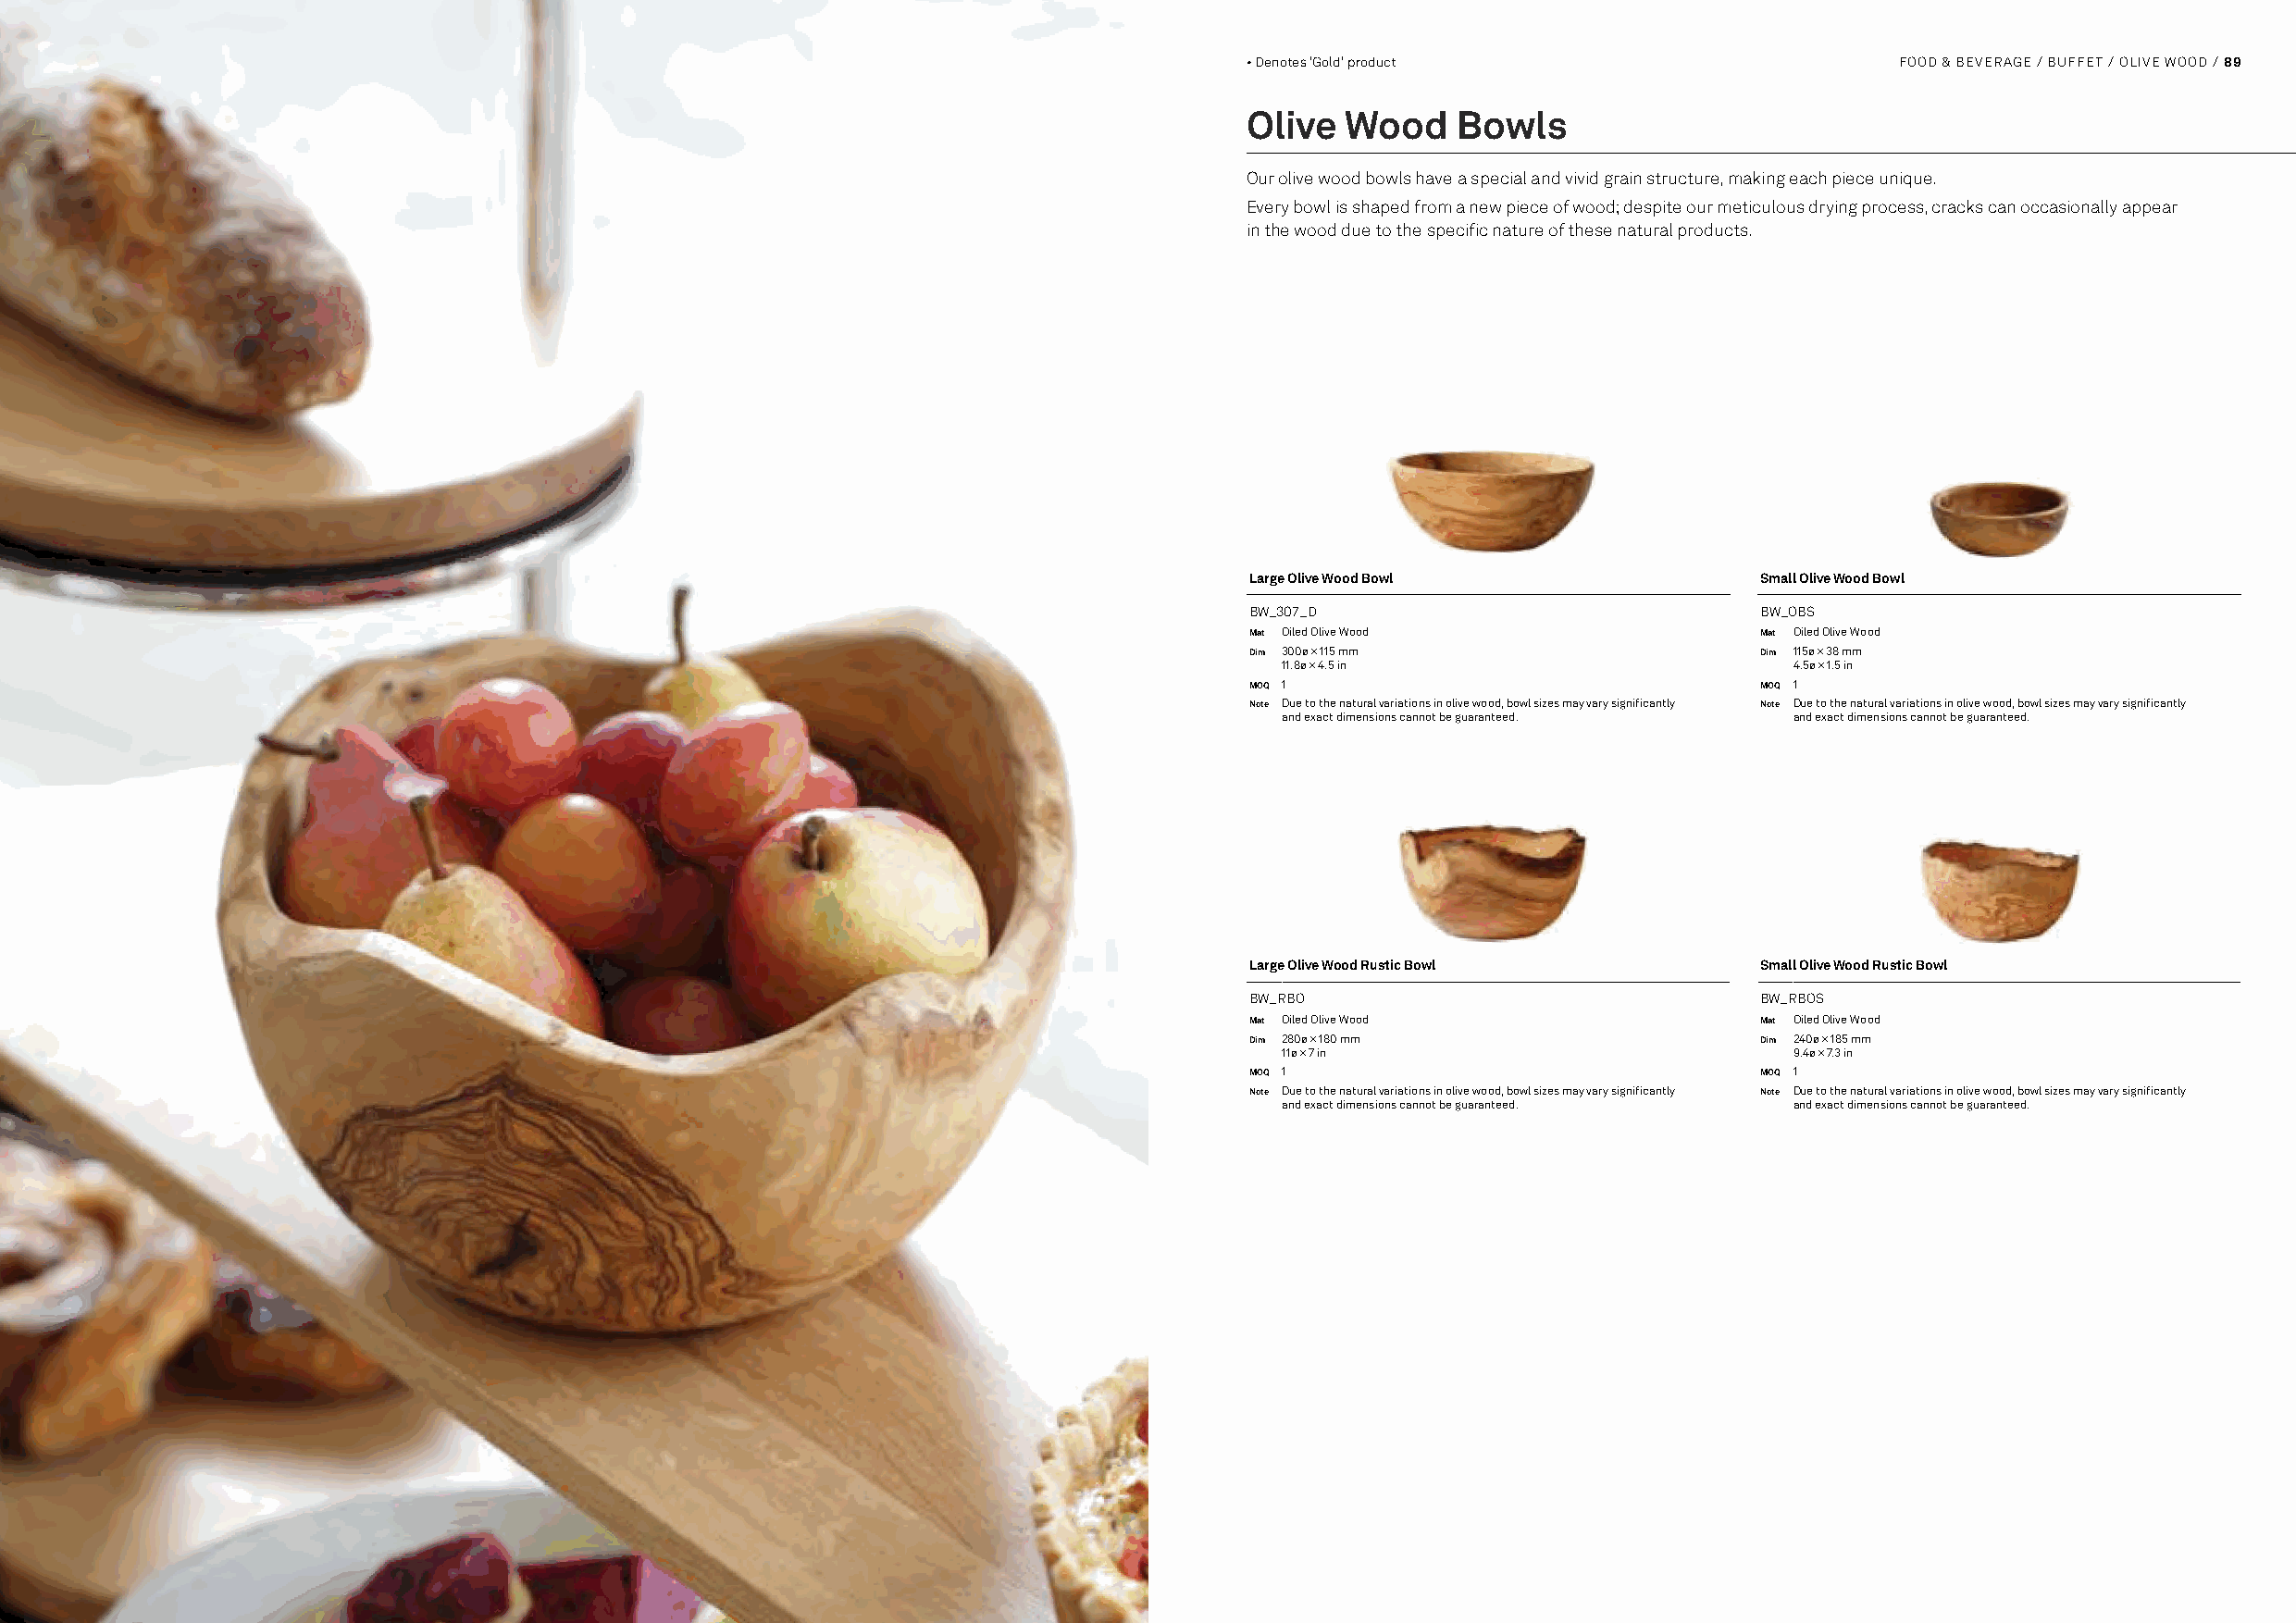
88 / FOOD & BEVERAGE / BUFFET / FLOW                                                 • Denotes 'Gold' product                       FOOD & BEVERAGE / BUFFET / OLIVE WOOD / 89
 Olive  Wood    Bowls
 Our olive wood bowls have a special and vivid grain structure, making each piece unique.
 Every bowl is shaped from a new piece of wood; despite our meticulous drying process, cracks can occasionally appear
 in the wood due to the specific nature of these natural products.
 Large Olive Wood Bowl                Small Olive Wood Bowl
 BW_307_D                             BW_OBS
 Mat Oiled Olive Wood                 Mat Oiled Olive Wood
 Dim 300ø × 115 mm                    Dim 115ø × 38 mm
 11.8ø × 4.5 in                      4.5ø × 1.5 in
 MOQ 1                                MOQ 1
 Note Due to the natural variations in olive wood, bowl sizes may vary significantly Note Due to the natural variations in olive wood, bowl sizes may vary significantly
 and exact dimensions cannot be guaranteed. and exact dimensions cannot be guaranteed.
 Large Olive Wood Rustic Bowl         Small Olive Wood Rustic Bowl
 BW_RBO                               BW_RBOS
 Mat Oiled Olive Wood                 Mat Oiled Olive Wood
 Dim 280ø × 180 mm                    Dim 240ø × 185 mm
 11ø × 7 in                          9.4ø × 7.3 in
 MOQ 1                                MOQ 1
 Note Due to the natural variations in olive wood, bowl sizes may vary significantly Note Due to the natural variations in olive wood, bowl sizes may vary significantly
 and exact dimensions cannot be guaranteed. and exact dimensions cannot be guaranteed.